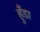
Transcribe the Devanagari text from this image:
हुँडा